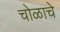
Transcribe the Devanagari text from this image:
चोळाचे